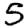
Digit: 5